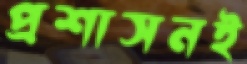
প্রশাসনই